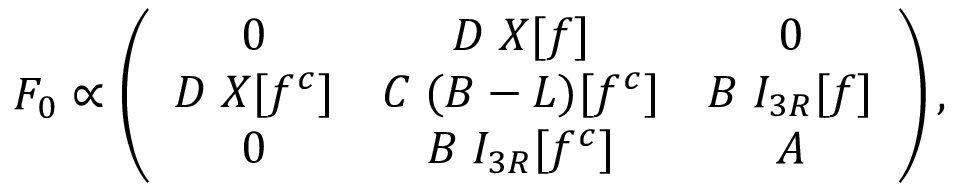
F _ { 0 } \propto \left( \begin{array} { c c c } { { 0 } } & { { D \; X [ f ] } } & { { 0 } } \\ { { D \; X [ f ^ { c } ] } } & { { C \; ( B - L ) [ f ^ { c } ] } } & { { B \; I _ { 3 R } [ f ] } } \\ { { 0 } } & { { B \; I _ { 3 R } [ f ^ { c } ] } } & { { A } } \end{array} \right) ,